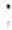
: